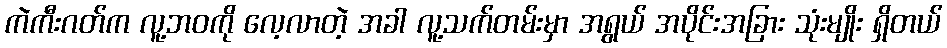
ကဲကီးဂတ်က လူ့ဘဝကို လေ့လာတဲ့ အခါ လူ့သက်တမ်းမှာ အရွယ် အပိုင်းအခြား သုံးမျိုး ရှိတယ်